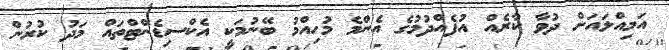
އަމިއްލައަށް ދުވާ ކާރެއް އުފެއްދުމުގެ އެންމެ މުހިއްމު ބޭނުމަކީ އެކްސިޑެންޓްތައް މަދު ކުރުން